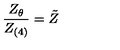
\frac { Z _ { \theta } } { Z _ { ( 4 ) } } = \tilde { Z }